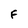
Character: F